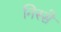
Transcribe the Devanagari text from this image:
निस्से